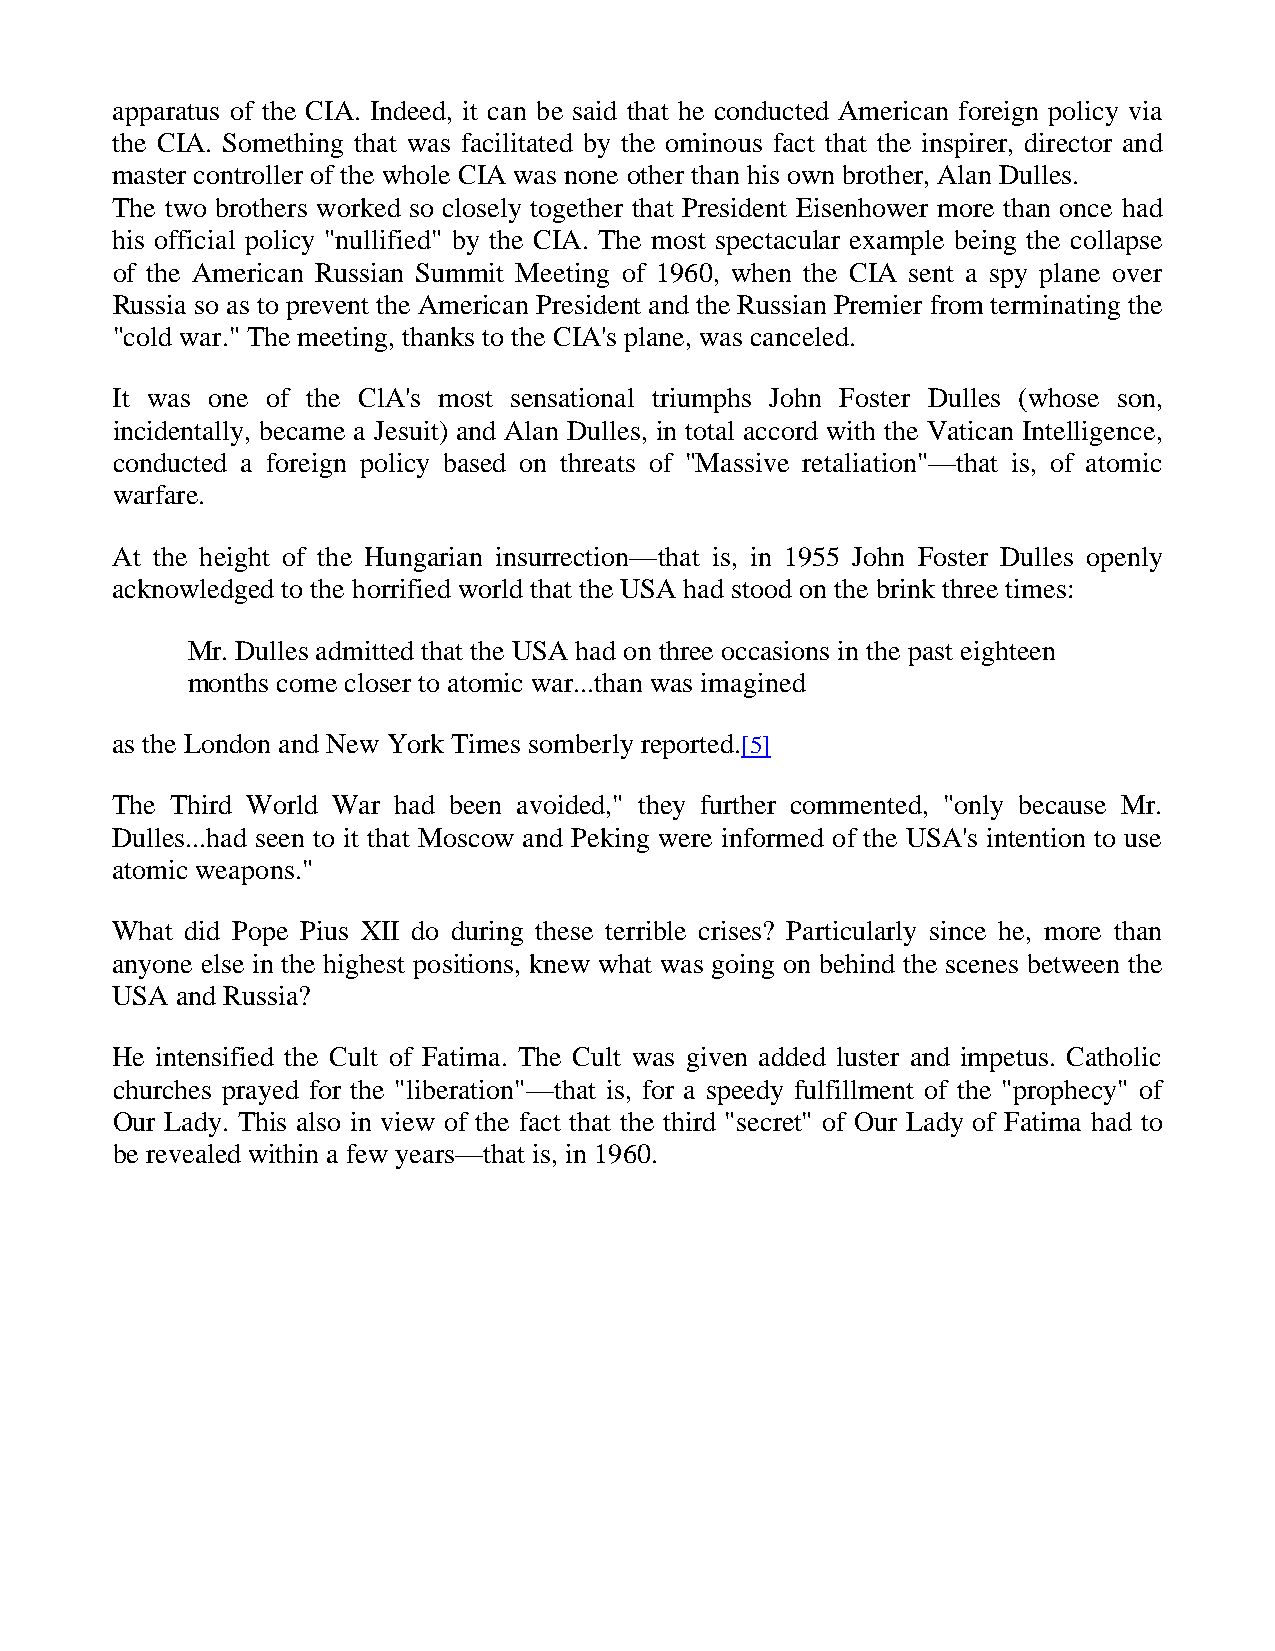
apparatus of the CIA. Indeed, it can be said that he conducted American foreign policy via
 the CIA. Something that was facilitated by the ominous fact that the inspirer, director and
 master controller of the whole CIA was none other than his own brother, Alan Dulles.
 The two brothers worked so closely together that President Eisenhower more than once had
 his official policy "nullified" by the CIA. The most spectacular example being the collapse
 of the American Russian Summit Meeting of 1960, when the CIA sent a spy plane over
 Russia so as to prevent the American President and the Russian Premier from terminating the
 "cold war." The meeting, thanks to the CIA's plane, was canceled.
 It was one of the ClA's most sensational triumphs John Foster Dulles (whose son,
 incidentally, became a Jesuit) and Alan Dulles, in total accord with the Vatican Intelligence,
 conducted a foreign policy based on threats of "Massive retaliation"—that is, of atomic
 warfare.
 At the height of the Hungarian insurrection—that is, in 1955 John Foster Dulles openly
 acknowledged to the horrified world that the USA had stood on the brink three times:
 Mr. Dulles admitted that the USA had on three occasions in the past eighteen
 months come closer to atomic war...than was imagined
 as the London and New York Times somberly reported.[5]
 The Third World War had been avoided," they further commented, "only because Mr.
 Dulles...had seen to it that Moscow and Peking were informed of the USA's intention to use
 atomic weapons."
 What did Pope Pius XII do during these terrible crises? Particularly since he, more than
 anyone else in the highest positions, knew what was going on behind the scenes between the
 USA  and Russia?
 He intensified the Cult of Fatima. The Cult was given added luster and impetus. Catholic
 churches prayed for the "liberation"—that is, for a speedy fulfillment of the "prophecy" of
 Our Lady. This also in view of the fact that the third "secret" of Our Lady of Fatima had to
 be revealed within a few years—that is, in 1960.